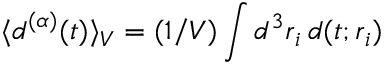
\langle \boldsymbol { d } ^ { ( \alpha ) } ( t ) \rangle _ { V } = ( 1 / V ) \int d ^ { 3 } \boldsymbol { r } _ { i } \, \boldsymbol { d } ( t ; \boldsymbol { r } _ { i } )